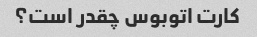
کارت اتوبوس چقدر است؟